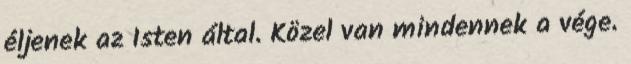
éljenek az Isten által. Közel van mindennek a vége.